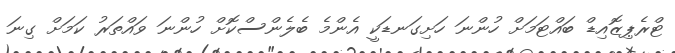
ޓްރެޕިޒޮއިޑް ބައްޓަމަށް ހުންނަ ހަށިގަނޑަކީ އެންމެ ބެލެންސްކޮށް ހުންނަ ވައްތަރު ކަމަށް ގިނަ